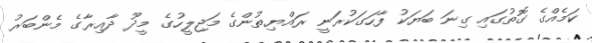
ކަމެއްގެ ގޮތުގައި ގިނަ ބަޔަކު ފާހަގަކުރަނީ ރައްޔިތުންގެ މަޖިލީހުގެ މީދޫ ދާއިރާގެ މެންބަރު